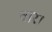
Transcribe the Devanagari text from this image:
वार।